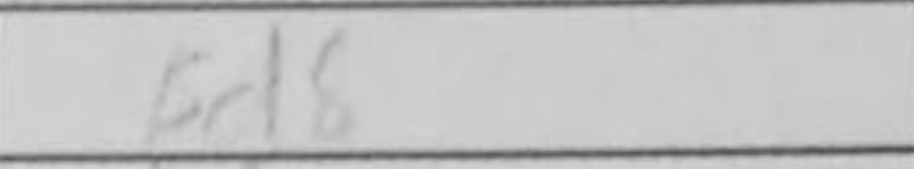
Transcription: Bd8